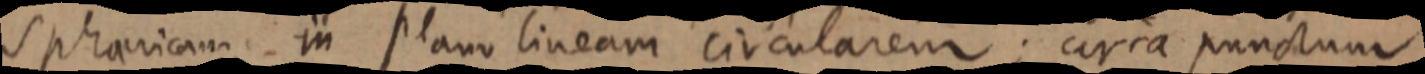
sphaericam in plano lineam circularem; cirra punctum